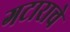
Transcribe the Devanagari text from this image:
गटाराचे